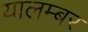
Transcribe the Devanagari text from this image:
यालम्बर